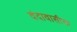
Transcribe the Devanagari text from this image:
वंदावासीचा